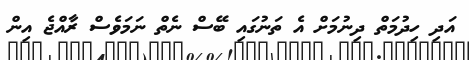
އަދި ހިދުމަތް ދިނުމަށް އެ ތަނުގައި ބޭސް ނެތް ނަމަވެސް ރާއްޖެ އިން